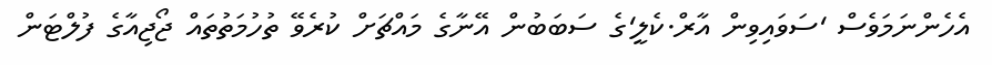
އެހެންނަމަވެސް 'ސަވައިވިން އާރް.ކެލީ'ގެ ސަބަބުން އޭނާގެ މައްޗަށް ކުރެވޭ ތުހުމަތުތައް ޖޯޖިއާގެ ފުލްޓަން